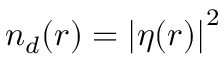
n _ { d } ( \boldsymbol { r } ) = \left| \eta ( \boldsymbol { r } ) \right| ^ { 2 }